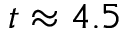
t \approx 4 . 5